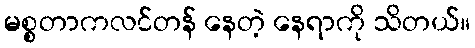
မစ္စတာကလင်တန် နေတဲ့ နေရာကို သိတယ်။